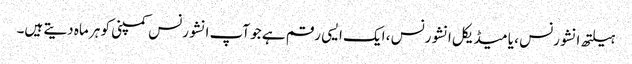
ہیلتھ انشورنس ، یا میڈیکل انشورنس ، ایک ایسی رقم ہے جو آپ انشورنس کمپنی کو ہر ماہ دیتے ہیں۔